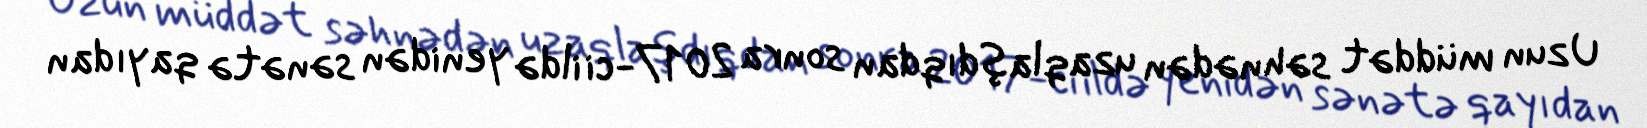
Uzun müddət səhnədən uzaqlaşdıqdan sonra 2017-ci ildə yenidən sənətə qayıdan